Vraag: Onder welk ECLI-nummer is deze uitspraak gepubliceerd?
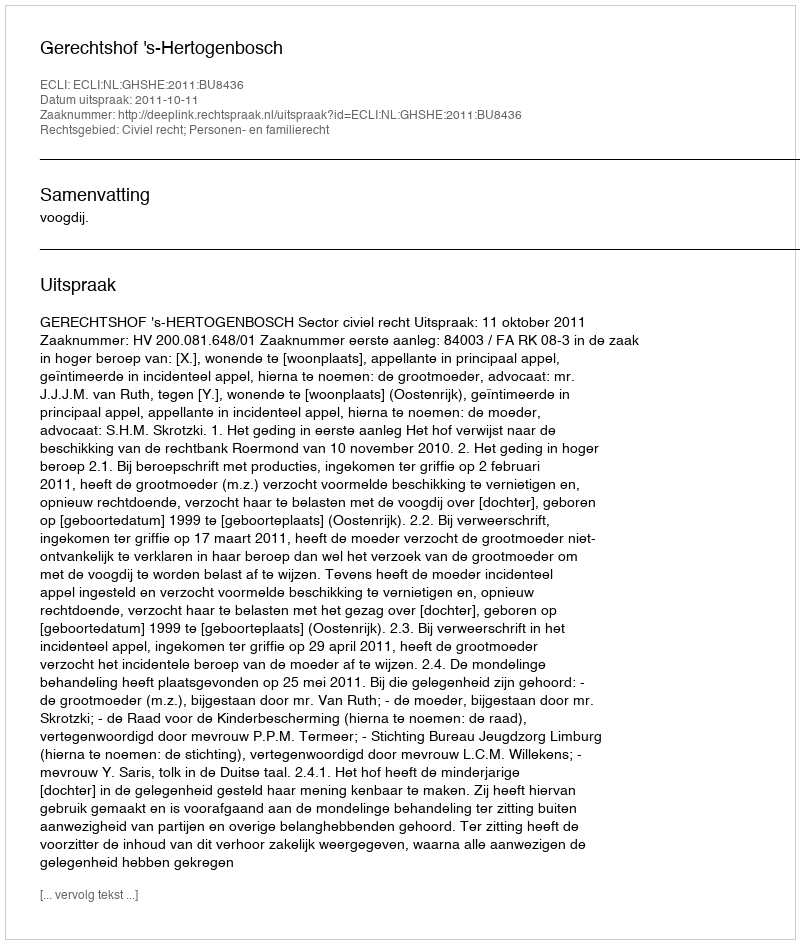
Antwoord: ECLI:NL:GHSHE:2011:BU8436